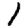
Digit: 1